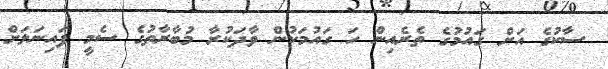
ސާކުގެ އަށް ގައުމުގެ ތެރެއިން ހަ ގައުމަކުން ވާދަކުރާ މުބާރާތުގެ ސެމީ ފައިނަލަށް